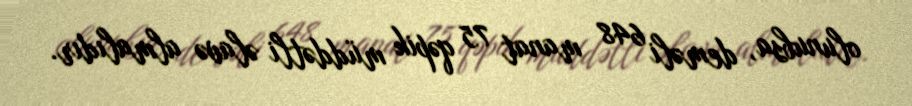
olunubsa, deməli 648 manat 75 qəpik müddətli əlavə almalıdır.